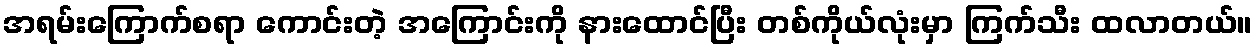
အရမ်းကြောက်စရာ ကောင်းတဲ့ အကြောင်းကို နားထောင်ပြီး တစ်ကိုယ်လုံးမှာ ကြက်သီး ထလာတယ်။